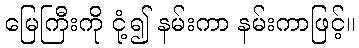
မြေကြီးကို ငုံ့၍ နမ်းကာ နမ်းကာဖြင့်။